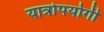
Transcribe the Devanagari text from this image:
यात्रोपयोगी